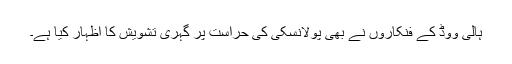
ہالی ووڈ کے فنکاروں نے بھی پولانسکی کی حراست پر گہری تشویش کا اظہار کیا ہے۔